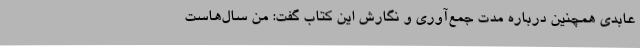
عابدی همچنین درباره مدت جمع‌آوری و نگارش این کتاب گفت: من سال‌هاست